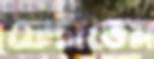
ফেটাতেম